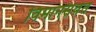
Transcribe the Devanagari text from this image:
विमानसेवेत